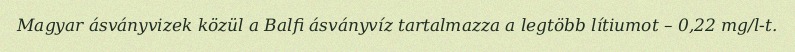
Magyar ásványvizek közül a Balfi ásványvíz tartalmazza a legtöbb lítiumot – 0,22 mg/l-t.